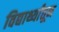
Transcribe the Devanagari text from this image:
विद्यार्थ्यांतून